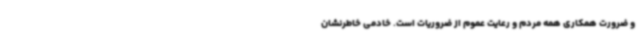
و ضرورت همکاری همه مردم و رعایت عموم از ضروریات است. خادمی خاطرنشان